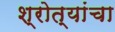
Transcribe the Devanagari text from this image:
श्रोत्यांचा